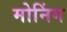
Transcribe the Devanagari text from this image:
मोनिंग